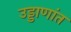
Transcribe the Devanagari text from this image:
उड्डाणांत